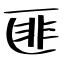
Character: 匪